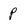
Character: p